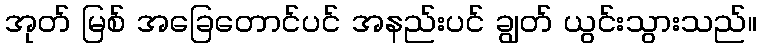
အုတ် မြစ် အခြေတောင်ပင် အနည်းပင် ချွတ် ယွင်းသွားသည်။